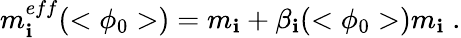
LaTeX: m_{\mathbf{i}}^{eff}(<\phi_{0}>)=m_{\mathbf{i}}+\beta_{\mathbf{i}}(<\phi_{0}>)m_{\mathbf{i}}\; .